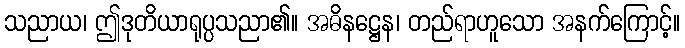
သညာယ၊ ဤဒုတိယာရုပ္ပသညာ၏။ အဓိနဋ္ဌေန၊ တည်ရာဟူသော အနက်ကြောင့်။